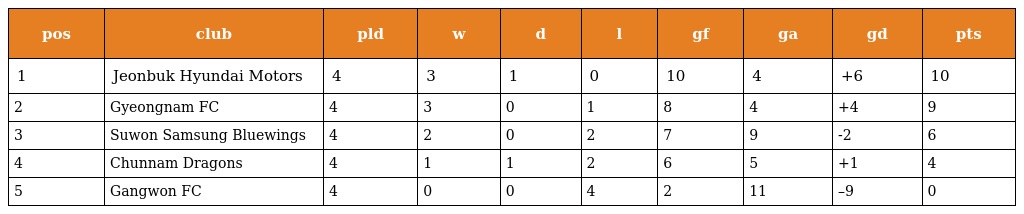
| pos | club | pld | w | d | l | gf | ga | gd | pts |
 | --- | --- | --- | --- | --- | --- | --- | --- | --- | --- |
 | 1 | Jeonbuk Hyundai Motors | 4 | 3 | 1 | 0 | 10 | 4 | +6 | 10 |
 | 2 | Gyeongnam FC | 4 | 3 | 0 | 1 | 8 | 4 | +4 | 9 |
 | 3 | Suwon Samsung Bluewings | 4 | 2 | 0 | 2 | 7 | 9 | -2 | 6 |
 | 4 | Chunnam Dragons | 4 | 1 | 1 | 2 | 6 | 5 | +1 | 4 |
 | 5 | Gangwon FC | 4 | 0 | 0 | 4 | 2 | 11 | –9 | 0 |